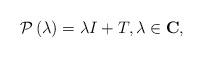
LaTeX: \begin{align*}\mathcal{P}\left(\lambda\right)=\lambda I+T,\lambda\in\mathbf{C},\end{align*}